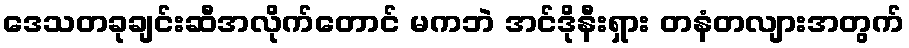
ဒေသတခုချင်းဆီအလိုက်တောင် မကဘဲ အင်ဒိုနီးရှား တနံတလျားအတွက်